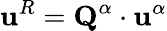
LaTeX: \textbf{u}^{R}=\textbf{Q}^{\alpha}\cdot\textbf{u}^{\alpha}